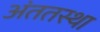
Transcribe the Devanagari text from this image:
अंततस्था